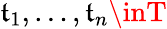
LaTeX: \mathfrak{t}_{1},\ldots,\mathfrak{t}_{n}\inT